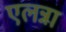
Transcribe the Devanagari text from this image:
एलन्ना